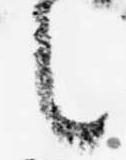
之